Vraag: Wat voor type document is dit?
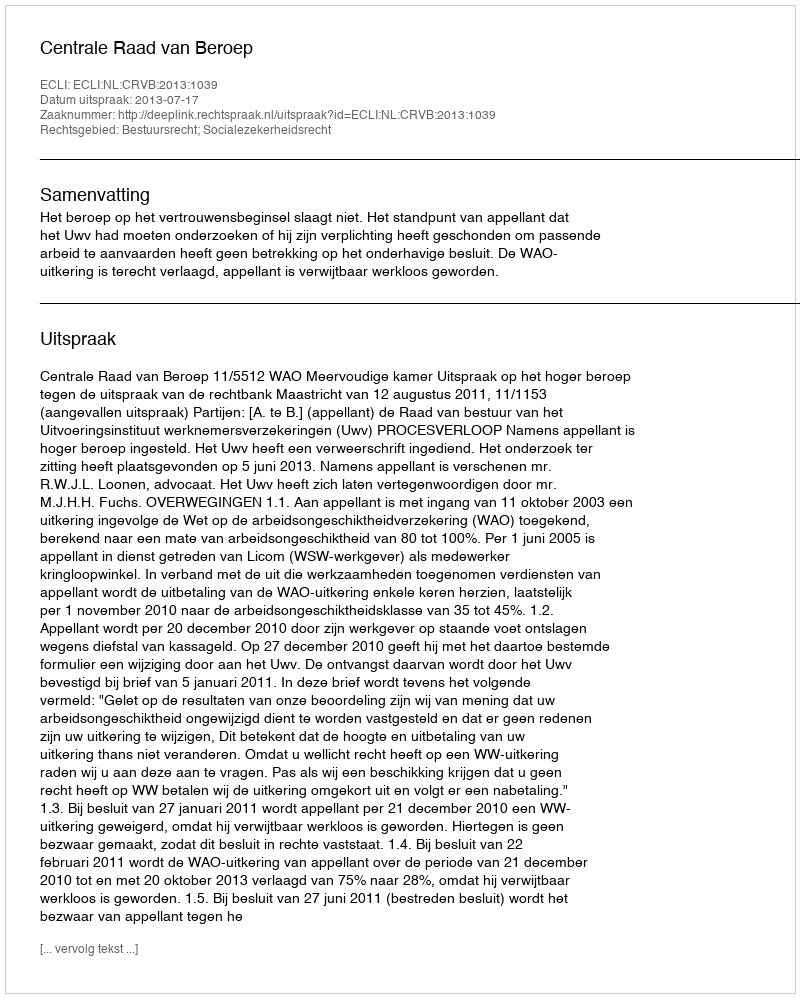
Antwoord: Uitspraak